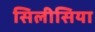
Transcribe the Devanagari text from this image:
सिलीसिया